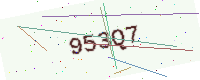
Text: 953Q7